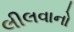
લીલવાનો